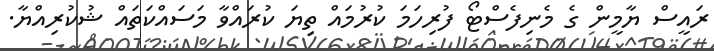
ރައީސް ޔާމީން ގެ މެނިފެސްޓޯ ފުރިހަމަ ކުރުމައް ތިޔަ ކުރައްވާ މަސައްކަތައް ޝުކުރިއްޔާ.